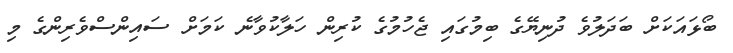
ބޯޅައަކަށް ބަދަލުވެ ދުނިޔޭގެ ބިމުގައި ޖެހުމުގެ ކުރިން ހަލާކުވާނެ ކަމަށް ސައިންސްވެރިންގެ މި